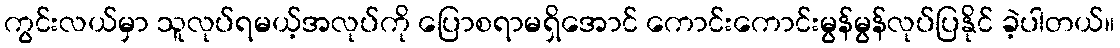
ကွင်းလယ်မှာ သူလုပ်ရမယ့်အလုပ်ကို ပြောစရာမရှိအောင် ကောင်းကောင်းမွန်မွန်လုပ်ပြနိုင် ခဲ့ပါတယ်။